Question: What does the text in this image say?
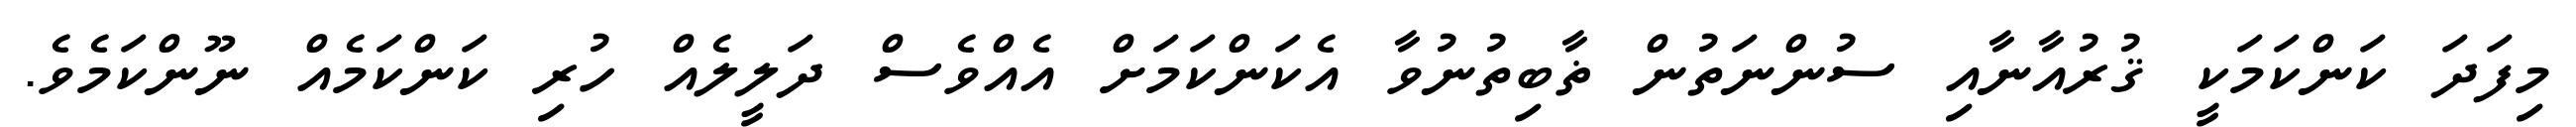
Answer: މިފަދަ ކަންކަމަކީ ޤުރުއާނާއި ސުންނަތުން ޡާބިތުނުވާ އެކަންކަމަށް އެއްވެސް ދަލީލެއް ހުރި ކަންކަމެއް ނޫންކަމެވެ.